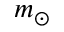
m _ { \odot }